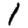
Digit: 1